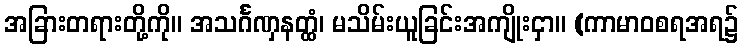
အခြားတရားတို့ကို။ အသင်္ဂဏှနတ္ထံ၊ မသိမ်းယူခြင်းအကျိုးငှာ။ (ကာမာဝစရအရ၌